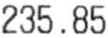
235.85